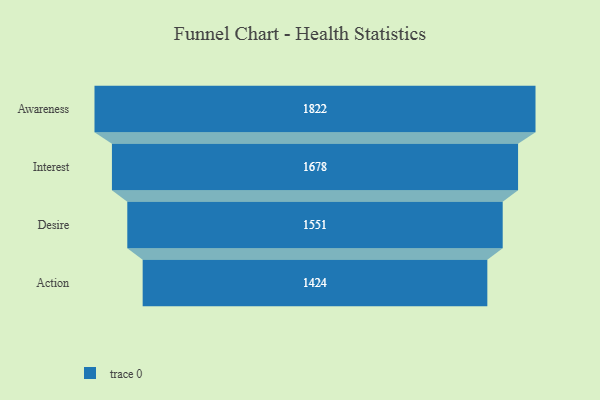
{"axis": {"x": "Stage", "y": "Value"}, "legend": [""], "data": [{"x": "Awareness", "y": 1822.0, "type": ""}, {"x": "Interest", "y": 1678.0, "type": ""}, {"x": "Desire", "y": 1551.0, "type": ""}, {"x": "Action", "y": 1424.0, "type": ""}]}